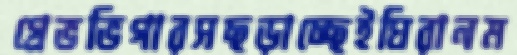
গ্রেভভিগারসছড়াচ্ছেইঘিরানম